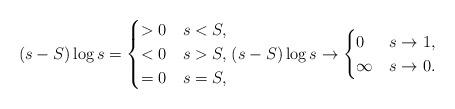
LaTeX: \begin{align*}(s-S) \log s = \begin{cases}> 0 & s < S, \\< 0 & s > S, \\= 0 & s = S,\end{cases} (s - S) \log s \to \begin{cases} 0 & s \to 1, \\\infty & s \to 0.\end{cases}\end{align*}